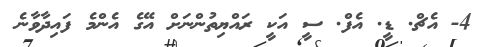
4- އެޗް. ޑީ. އެފް. ސީ އަކީ ރައްޔިތުންނަށް އޭގެ އެންމެ ފައިދާވާނެ